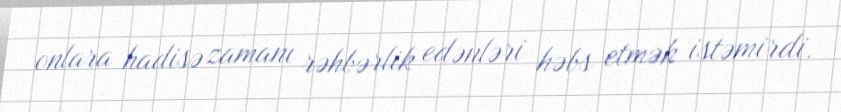
onlara hadisə zamanı rəhbərlik edənləri həbs etmək istəmirdi.